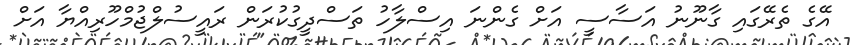
އޭގެ ތެރޭގައި ގާނޫނު އަސާސީ އަށް ގެންނަ އިސްލާހު ތަސްދީގުކުރަން ރައީސުލްޖުމްހޫރިއްޔާ އަށް